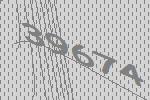
39674